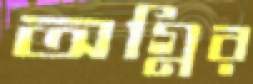
অগ্নির